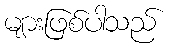
များဖြစ်ပါသည်